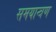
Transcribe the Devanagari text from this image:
समयान्त्रण